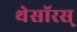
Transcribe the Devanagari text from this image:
थेसॉरस्